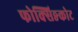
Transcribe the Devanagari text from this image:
फोक्सिङकोट